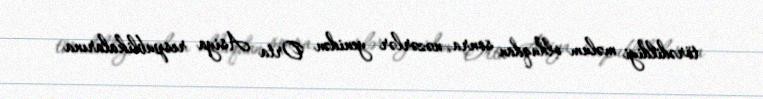
törədildiyi məlum olduqdan sonra, nəzərlər yenidən Orta Asiya respublikalarına